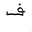
Letter: _fa